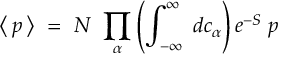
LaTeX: \big < \, { \mit p } \, \big > \ = \ { \cal N } \ \prod _ { \alpha } \left( \int _ { - \infty } ^ { \infty } \; d c _ { \alpha } \right) e ^ { - S } \; { \mit p }